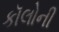
કૉલોની